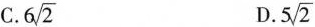
C. 6 \sqrt{2}D. 5 \sqrt{2}